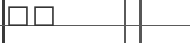
٤٨